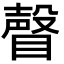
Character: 𥊧